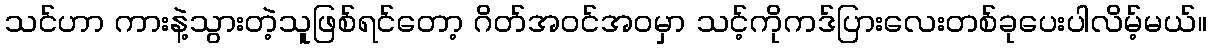
သင်ဟာ ကားနဲ့သွားတဲ့သူဖြစ်ရင်တော့ ဂိတ်အဝင်အဝမှာ သင့်ကိုကဒ်ပြားလေးတစ်ခုပေးပါလိမ့်မယ်။